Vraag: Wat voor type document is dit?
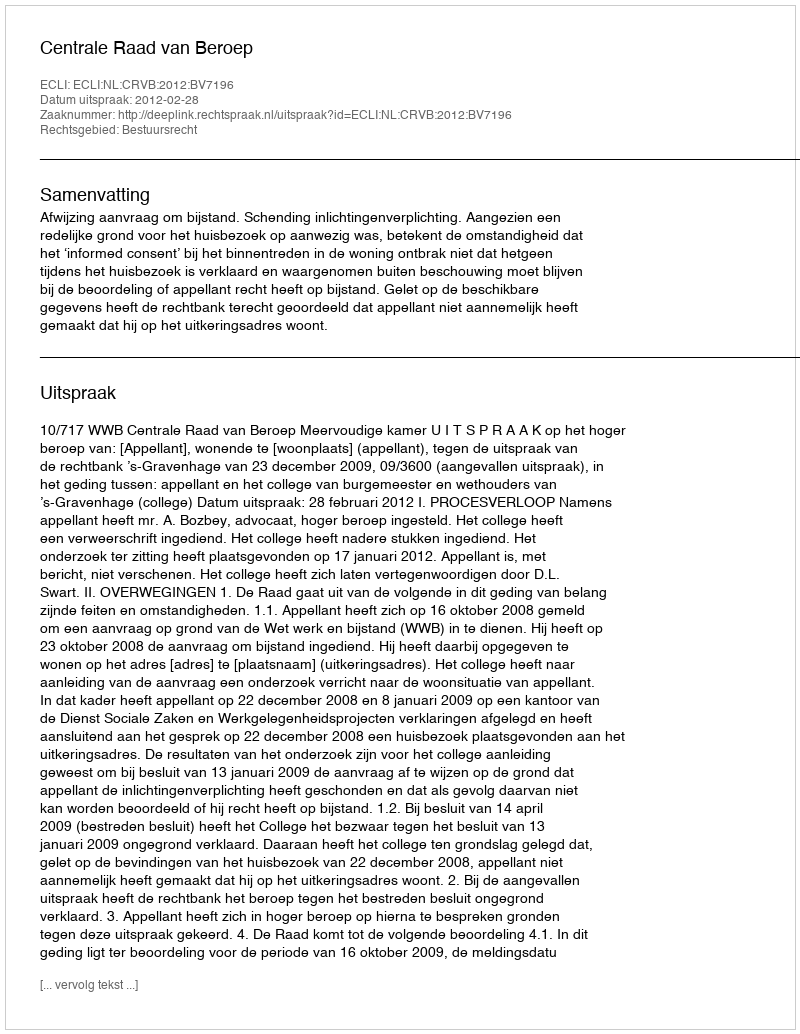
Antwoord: Uitspraak